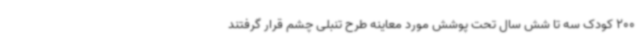
200 کودک سه تا شش سال تحت پوشش مورد معاینه طرح تنبلی چشم قرار گرفتند